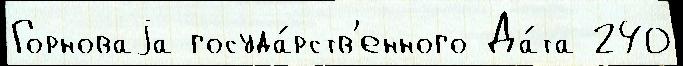
Горноваjа госуда́рств'енного Да́та 240